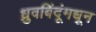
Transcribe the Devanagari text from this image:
ध्रुवबिंदूंमधून